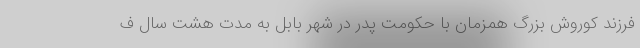
فرزند کوروش بزرگ همزمان با حکومت پدر در شهر بابل به مدت هشت سال ف